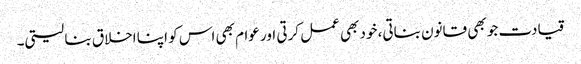
قیادت جو بھی قانون بناتی، خود بھی عمل کرتی اور عوام بھی اس کو اپنا اخلاق بنا لیتی۔